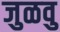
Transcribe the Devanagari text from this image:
जुळवु